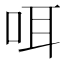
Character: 咡